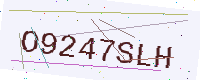
Text: O9247SLH